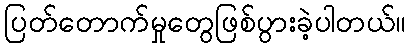
ပြတ်တောက်မှုတွေဖြစ်ပွားခဲ့ပါတယ်။